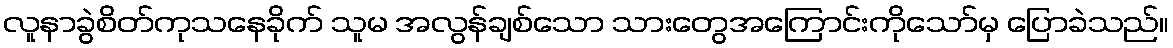
လူနာခွဲစိတ်ကုသနေခိုက် သူမ အလွန်ချစ်သော သားတွေအကြောင်းကိုသော်မှ ပြောခဲသည်။